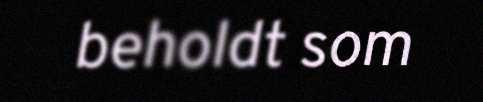
beholdt som